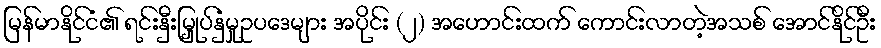
မြန်မာနိုင်ငံ၏ ရင်းနှီးမြှုပ်နှံမှုဥပဒေများ အပိုင်း (၂) အဟောင်းထက် ကောင်းလာတဲ့အသစ် အောင်နိုင်ဦး